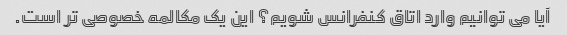
آیا می توانیم وارد اتاق کنفرانس شویم؟ این یک مکالمه خصوصی تر است.